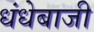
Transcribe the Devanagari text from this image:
धंधेबाजी